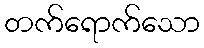
တက်ရောက်သော